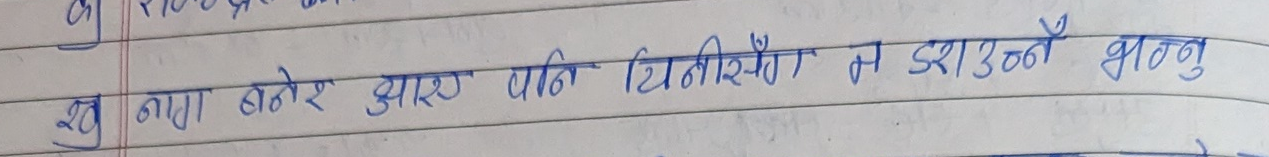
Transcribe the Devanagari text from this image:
खु नयाँ बनेर आए पनि चिनीसिंग न डराउनु भन्नु